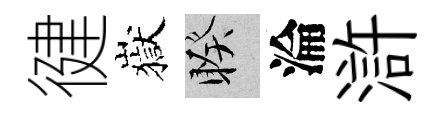
徤嶽睽淪滸